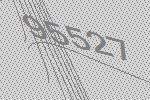
95527